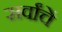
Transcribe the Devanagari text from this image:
सर्वांचें